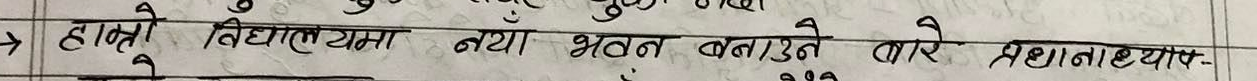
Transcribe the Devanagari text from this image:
छात्राले विद्यालयमा नयाँ भवन बनाउने बारे प्रधानाध्यापक-